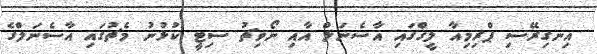
އިނގިރޭސި ޕްރިމިއާ ލީގްގައި އާސެނަލް އާއި ނޯވިޗު ސިޓީ ކުޅުނު މެޗުގައި އާސެނަލްގެ